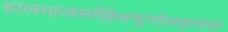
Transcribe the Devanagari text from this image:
हालाहलमखिलभूगोलकृपया